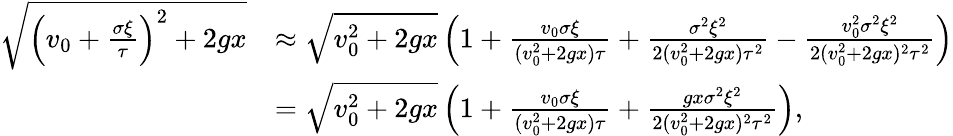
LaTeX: \begin{array}{rl}{\sqrt{\left(v_{0}+\frac{\sigma\xi}{\tau}\right)^{2}+2gx}}&{\approx\sqrt{v_{0}^{2}+2gx}\left(1+\frac{v_{0}\sigma\xi}{(v_{0}^{2}+2gx)\tau}+\frac{\sigma^{2}\xi^{2}}{2(v_{0}^{2}+2gx)\tau^{2}}-\frac{v_{0}^{2}\sigma^{2}\xi^{2}}{2(v_{0}^{2}+2gx)^{2}\tau^{2}}\right)}\\ &{=\sqrt{v_{0}^{2}+2gx}\left(1+\frac{v_{0}\sigma\xi}{(v_{0}^{2}+2gx)\tau}+\frac{gx\sigma^{2}\xi^{2}}{2(v_{0}^{2}+2gx)^{2}\tau^{2}}\right),}\end{array}